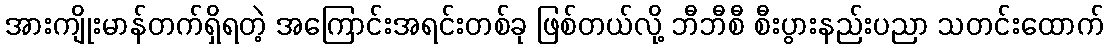
အားကျိုးမာန်တက်ရှိရတဲ့ အကြောင်းအရင်းတစ်ခု ဖြစ်တယ်လို့ ဘီဘီစီ စီးပွားနည်းပညာ သတင်းထောက်